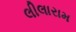
લીલારામ